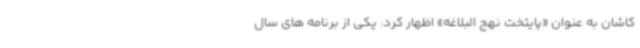
کاشان به عنوان «پایتخت نهج البلاغه» اظهار کرد: یکی از برنامه های سال